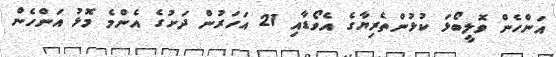
އަންހެން ވޮލީބޯޅަ ކުޅުންތެރިޔާގެ އެވޯޑާއި 21 އަހަރުން ދަށުގެ އެންމެ މޮޅު އަންހެން